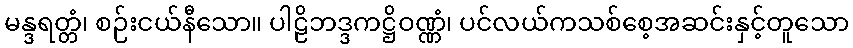
မန္ဒရတ္တံ၊ စဉ်းငယ်နီသော။ ပါဠိဘဒ္ဒကဋ္ဌိဝဏ္ဏံ၊ ပင်လယ်ကသစ်စေ့အဆင်းနှင့်တူသော